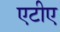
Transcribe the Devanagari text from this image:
एटीए